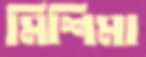
মিশিমা